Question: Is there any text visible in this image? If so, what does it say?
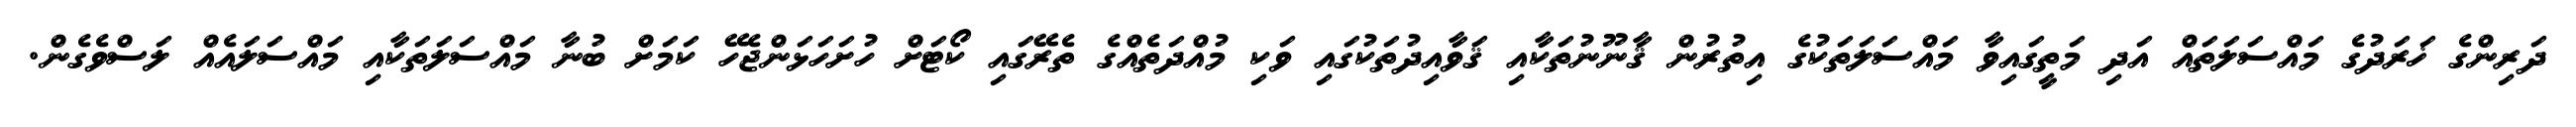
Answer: ދަރިންގެ ޚަރަދުގެ މައްސަލަތައް އަދި މަތީގައިވާ މައްސަލަތަކުގެ އިތުރުން ޤާނޫނުތަކާއި ޤަވާއިދުތަކުގައި ވަކި މުއްދަތެއްގެ ތެރޭގައި ކޯޓަށް ހުށަހަޅަންޖެހޭ ކަމަށް ބުނާ މައްސަލަތަކާއި މައްސަލައެއް ލަސްވެގެން.